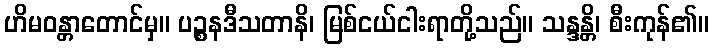
ဟိမဝန္တာတောင်မှ။ ပဉ္စနဒီသတာနိ၊ မြစ်ငယ်ငါးရာတို့သည်။ သန္ဒန္တိ၊ စီးကုန်၏။